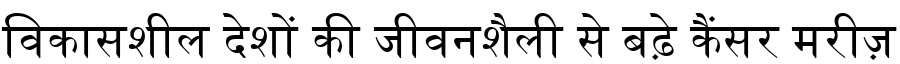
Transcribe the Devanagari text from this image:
विकासशील देशों की जीवनशैली से बढ़े कैंसर मरीज़